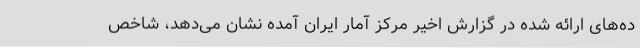
ده‌های ارائه شده در گزارش اخیر مرکز آمار ایران آمده نشان می‌دهد، شاخص